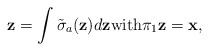
LaTeX: \begin{align*}\mathbf{z}= \int \tilde{\sigma}_a (\mathbf{z}) d\mathbf{z}\mbox{with} \pi_1 \mathbf{z} =\mathbf{x},\end{align*}